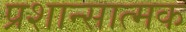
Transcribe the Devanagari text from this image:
प्रशान्सात्मक